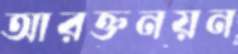
আরক্তনয়ন